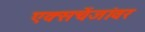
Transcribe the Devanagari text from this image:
एक्सचेंजांवर